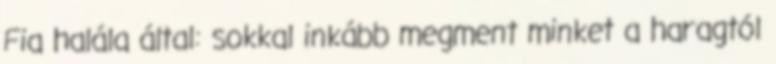
Fia halála által: sokkal inkább megment minket a haragtól